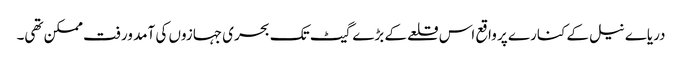
دریاے نیل کے کنارے پر واقع اس قلعے کے بڑے گیٹ تک بحری جہازوں کی آمد ورفت ممکن تھی۔